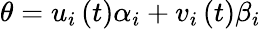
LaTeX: \theta=u_{i}\left(t\right)\alpha_{i}+v_{i}\left(t\right)\beta_{i}